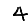
Digit: 4